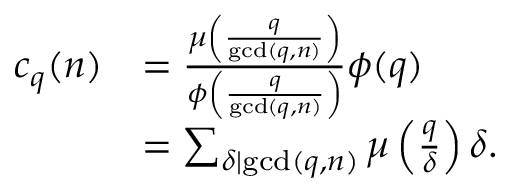
{ \begin{array} { r l } { c _ { q } ( n ) } & { = { \frac { \mu \left( { \frac { q } { \operatorname* { g c d } ( q , n ) } } \right) } { \phi \left( { \frac { q } { \operatorname* { g c d } ( q , n ) } } \right) } } \phi ( q ) } \\ & { = \sum _ { \delta \mid \operatorname* { g c d } ( q , n ) } \mu \left( { \frac { q } { \delta } } \right) \delta . } \end{array} }